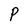
Character: P